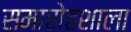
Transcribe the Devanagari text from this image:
समारोहशाला